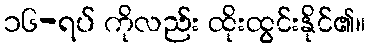
၁၆-ရပ် ကိုလည်း ထိုးထွင်းနိုင်၏။